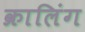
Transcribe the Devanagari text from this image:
क्रालिंग